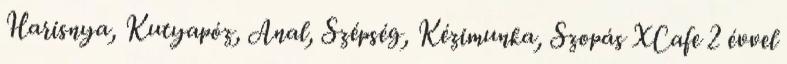
Harisnya, Kutyapóz, Anal, Szépség, Kézimunka, Szopás XCafe 2 évvel